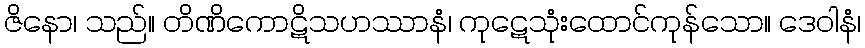
ဇိနော၊ သည်။ တိဏိကောဋိသဟဿာနံ၊ ကုဋေသုံးထောင်ကုန်သော။ ဒေဝါနံ၊